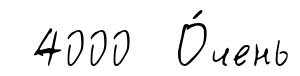
4000 О́чень